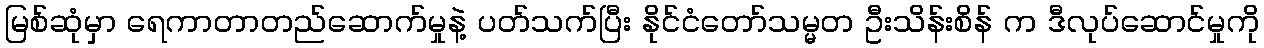
မြစ်ဆုံမှာ ရေကာတာတည်ဆောက်မှုနဲ့ ပတ်သက်ပြီး နိုင်ငံတော်သမ္မတ ဦးသိန်းစိန် က ဒီလုပ်ဆောင်မှုကို